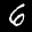
Label: 6